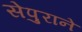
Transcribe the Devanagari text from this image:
सेपुराने